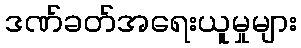
ဒဏ်ခတ်အရေးယူမှုများ